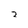
Character: 2